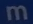
m